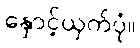
နှောင့်ယှက်ပုံ။